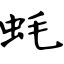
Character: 蚝